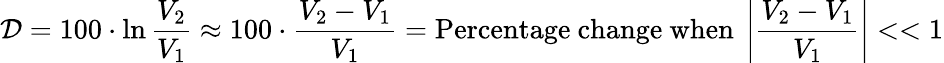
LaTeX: \mathcal{D}=100\cdot\ln{\frac{{V_{2}}}{{V_{1}}}}\approx100\cdot{\frac{{V_{2}-V_{1}}}{{V_{1}}}}={\mathrm{{Percentage~change}}}{\mathrm{{~when~}}}\left|{\frac{{V_{2}-V_{1}}}{{V_{1}}}}\right|<<1